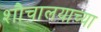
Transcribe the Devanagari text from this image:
शौचालयाच्या